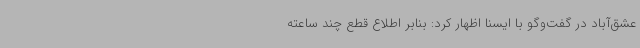
عشق‌آباد در گفت‌وگو با ایسنا اظهار کرد: بنابر اطلاع قطع چند ساعته